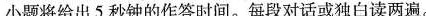
小题将给出5 秒钟的作答时间.每段对话或独白读两遍.